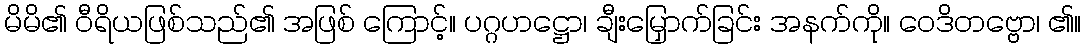
မိမိ၏ ဝီရိယဖြစ်သည်၏ အဖြစ် ကြောင့်။ ပဂ္ဂဟဋ္ဌော၊ ချီးမြှောက်ခြင်း အနက်ကို။ ဝေဒိတဗ္ဗော၊ ၏။